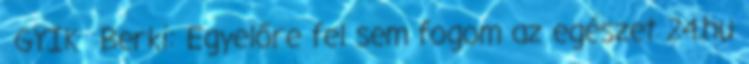
GYIK Berki: Egyelőre fel sem fogom az egészet 24.hu